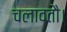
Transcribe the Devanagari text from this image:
चलावतौ।